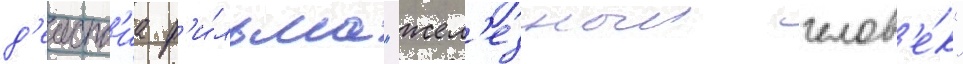
д'еиств'иа ф'и́льма "жел'езныи челов'е́к"